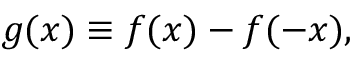
\begin{array} { r } { g ( x ) \equiv f ( x ) - f ( - x ) , } \end{array}